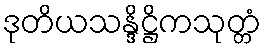
ဒုတိယသန္ဒိဋ္ဌိကသုတ္တံ